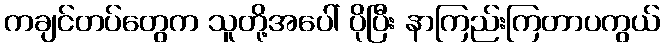
ကချင်တပ်တွေက သူတို့အပေါ် ပိုပြီး နာကြည်းကြတာပကွယ်